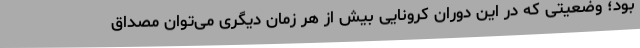
بود؛ وضعیتی که در این دوران کرونایی بیش از هر زمان دیگری می‌توان مصداق